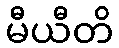
မီယီတိ